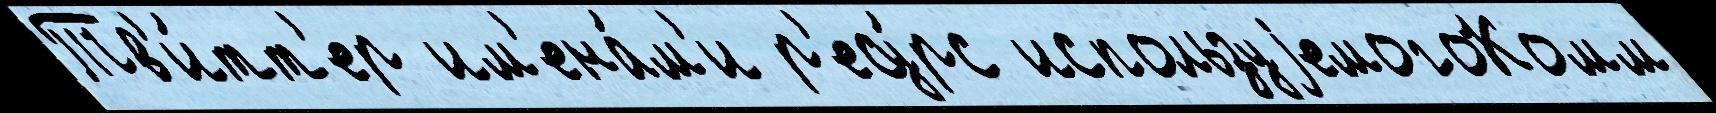
Тв'и́тт'ер им'ена́м'и р'есу́рс используjемогоКомм